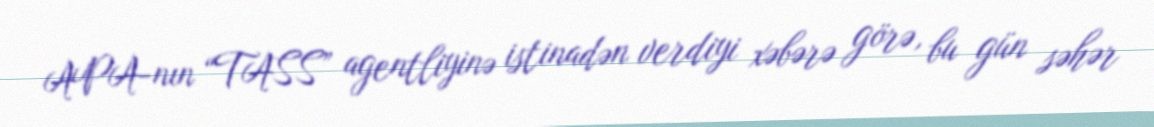
APA-nın “TASS” agentliyinə istinadən verdiyi xəbərə görə, bu gün səhər